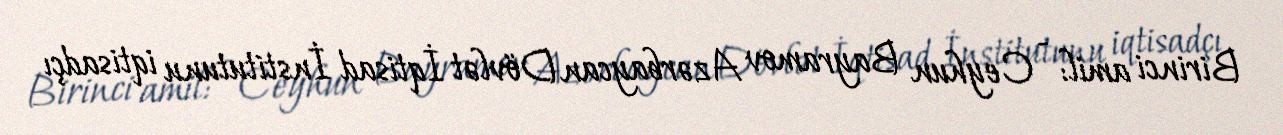
Birinci amil: - Ceyhun Bayramov Azərbaycan Dövlət İqtisad İnstitutunu iqtisadçı